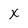
Character: X